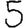
Digit: 5